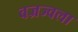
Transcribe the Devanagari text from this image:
वज्रज्वला